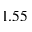
1 . 5 5